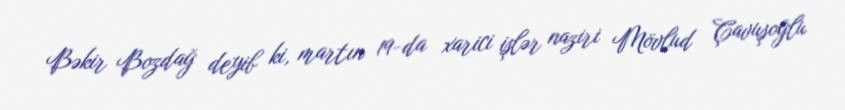
Bəkir Bozdağ deyib ki, martın 19-da xarici işlər naziri Mövlud Çavuşoğlu